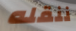
ننقله